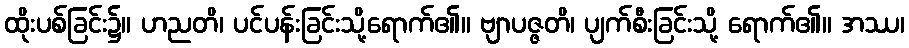
ထိုးပစ်ခြင်း၌။ ဟညတိ၊ ပင်ပန်းခြင်းသို့ရောက်၏။ ဗျာပဇ္ဇတိ၊ ပျက်စီးခြင်းသို့ ရောက်၏။ အဿ၊